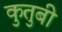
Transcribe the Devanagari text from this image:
कुतुबी